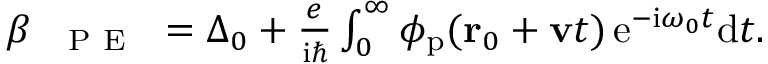
\begin{array} { r } { \beta _ { \mathrm { ~ \textsc ~ { ~ P ~ E ~ } ~ } } = \Delta _ { 0 } + \frac { e } { \mathrm { i } \hbar } \int _ { 0 } ^ { \infty } \phi _ { \mathrm { p } } ( \mathbf { r } _ { 0 } + \mathbf { v } t ) \, \mathrm { e } ^ { - \mathrm { i } \omega _ { 0 } t } \mathrm { d } t . } \end{array}